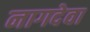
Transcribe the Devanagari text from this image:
नागदेवा